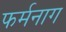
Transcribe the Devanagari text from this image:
फर्मनाग